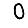
Digit: 0